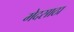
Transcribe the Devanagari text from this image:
मेदसाठा